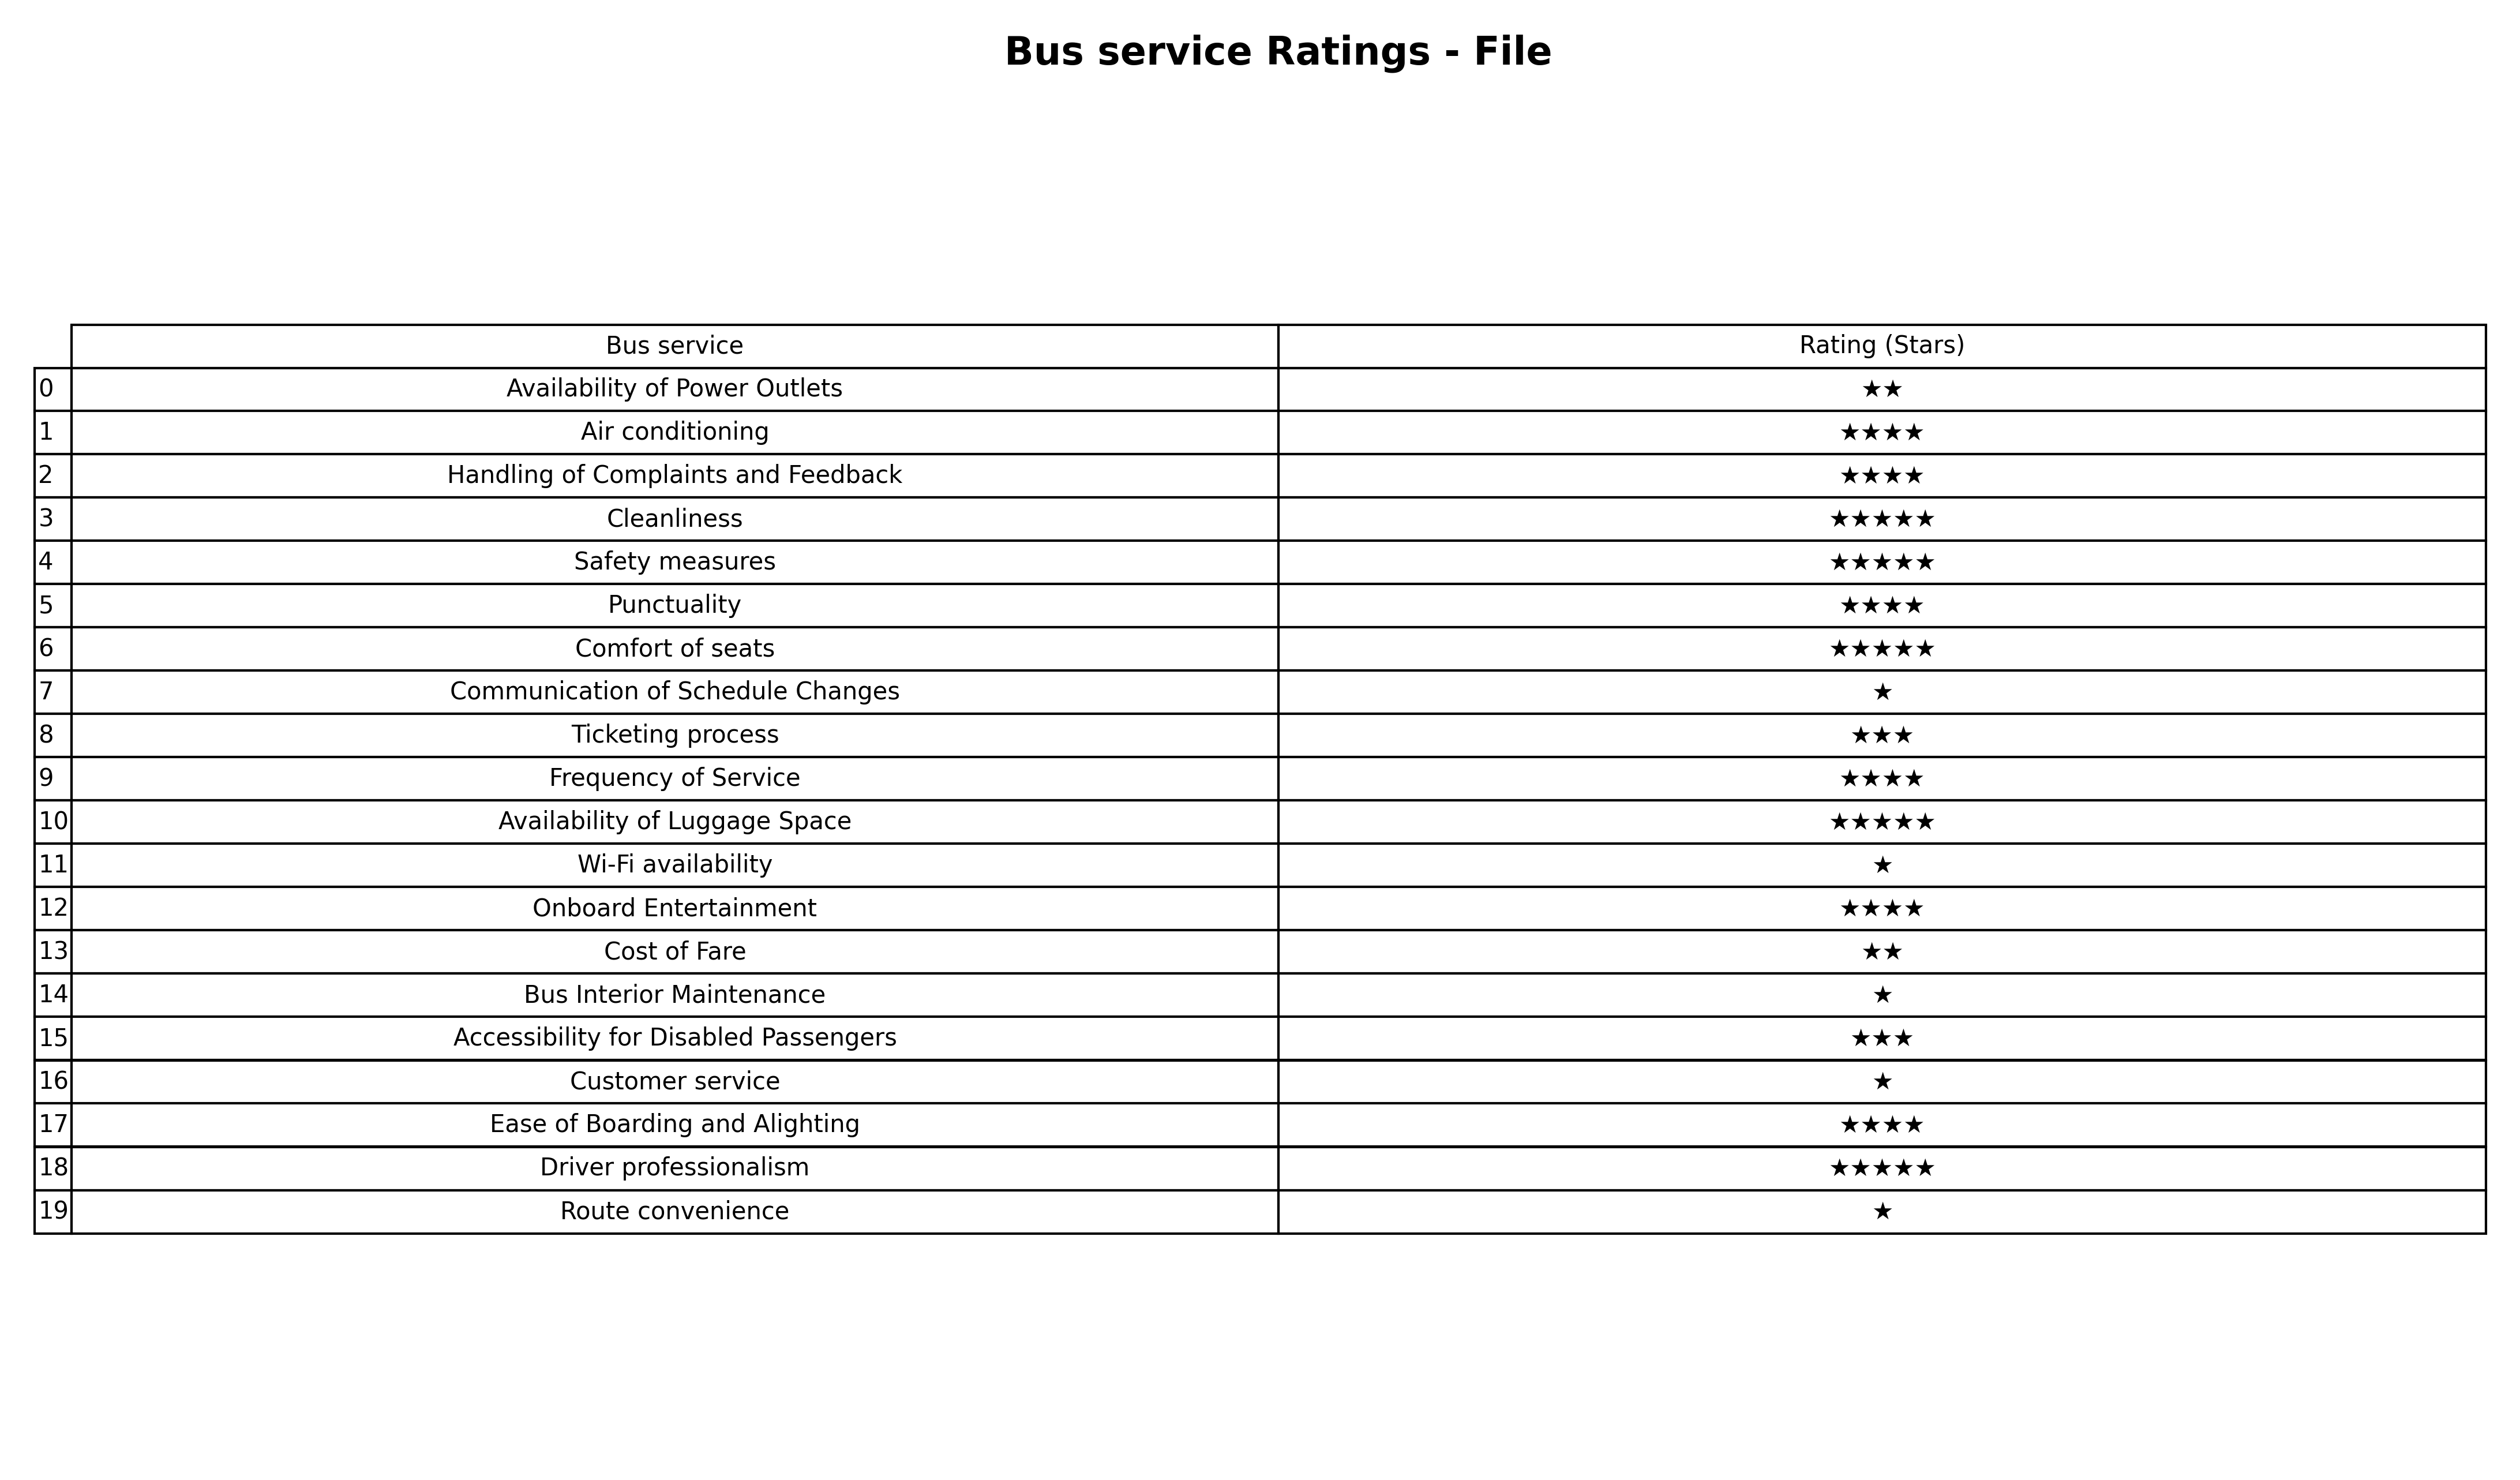
question: What are one star services?
answer: Communication of Schedule ChangesWi-Fi availabilityBus Interior MaintenanceCustomer serviceRoute convenience